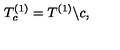
T _ { c } ^ { ( 1 ) } = T ^ { ( 1 ) } \backslash c ,